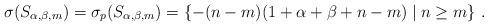
LaTeX: \begin{align*}\sigma(S_{\alpha, \beta,m})=\sigma_p(S_{\alpha, \beta, m})=\left\{-(n-m)(1+\alpha+\beta+n-m)\mid n\geq m\right\}\,.\end{align*}